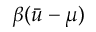
\beta ( \bar { u } - \mu )